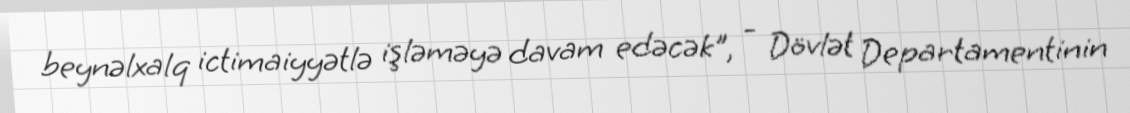
beynəlxalq ictimaiyyətlə işləməyə davam edəcək", - Dövlət Departamentinin